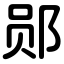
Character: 郧